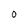
Character: O